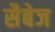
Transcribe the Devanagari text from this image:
सैबेज